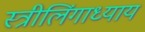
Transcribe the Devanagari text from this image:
स्त्रीलिंगाध्याय